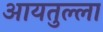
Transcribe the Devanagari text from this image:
आयतुल्ला